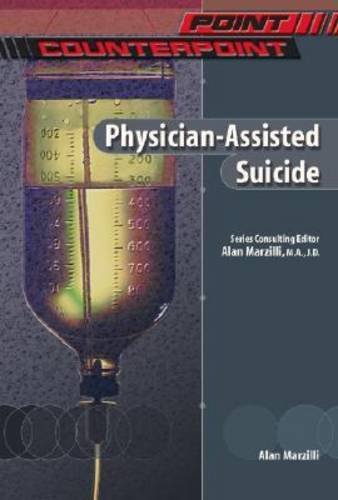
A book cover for Physician Asst Suicide (PT/CPT) (Point/Counterpoint (Chelsea Hardcover)); Alan Marzilli; Teen & Young Adult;